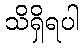
သိရှိရပါ